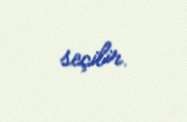
seçilir.